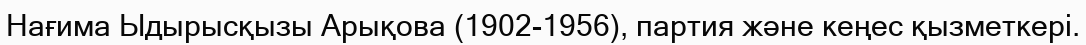
Нағима Ыдырысқызы Арықова (1902-1956), партия және кеңес қызметкері.